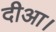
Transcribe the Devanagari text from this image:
दीआ।